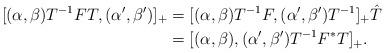
LaTeX: \begin{align*}[(\alpha,\beta)T^{-1}FT,(\alpha',\beta')]_+&= [(\alpha,\beta)T^{-1}F,(\alpha',\beta')T^{-1}]_+\hat{T}\\& =[(\alpha,\beta),(\alpha',\beta')T^{-1}F^*T]_+.\end{align*}